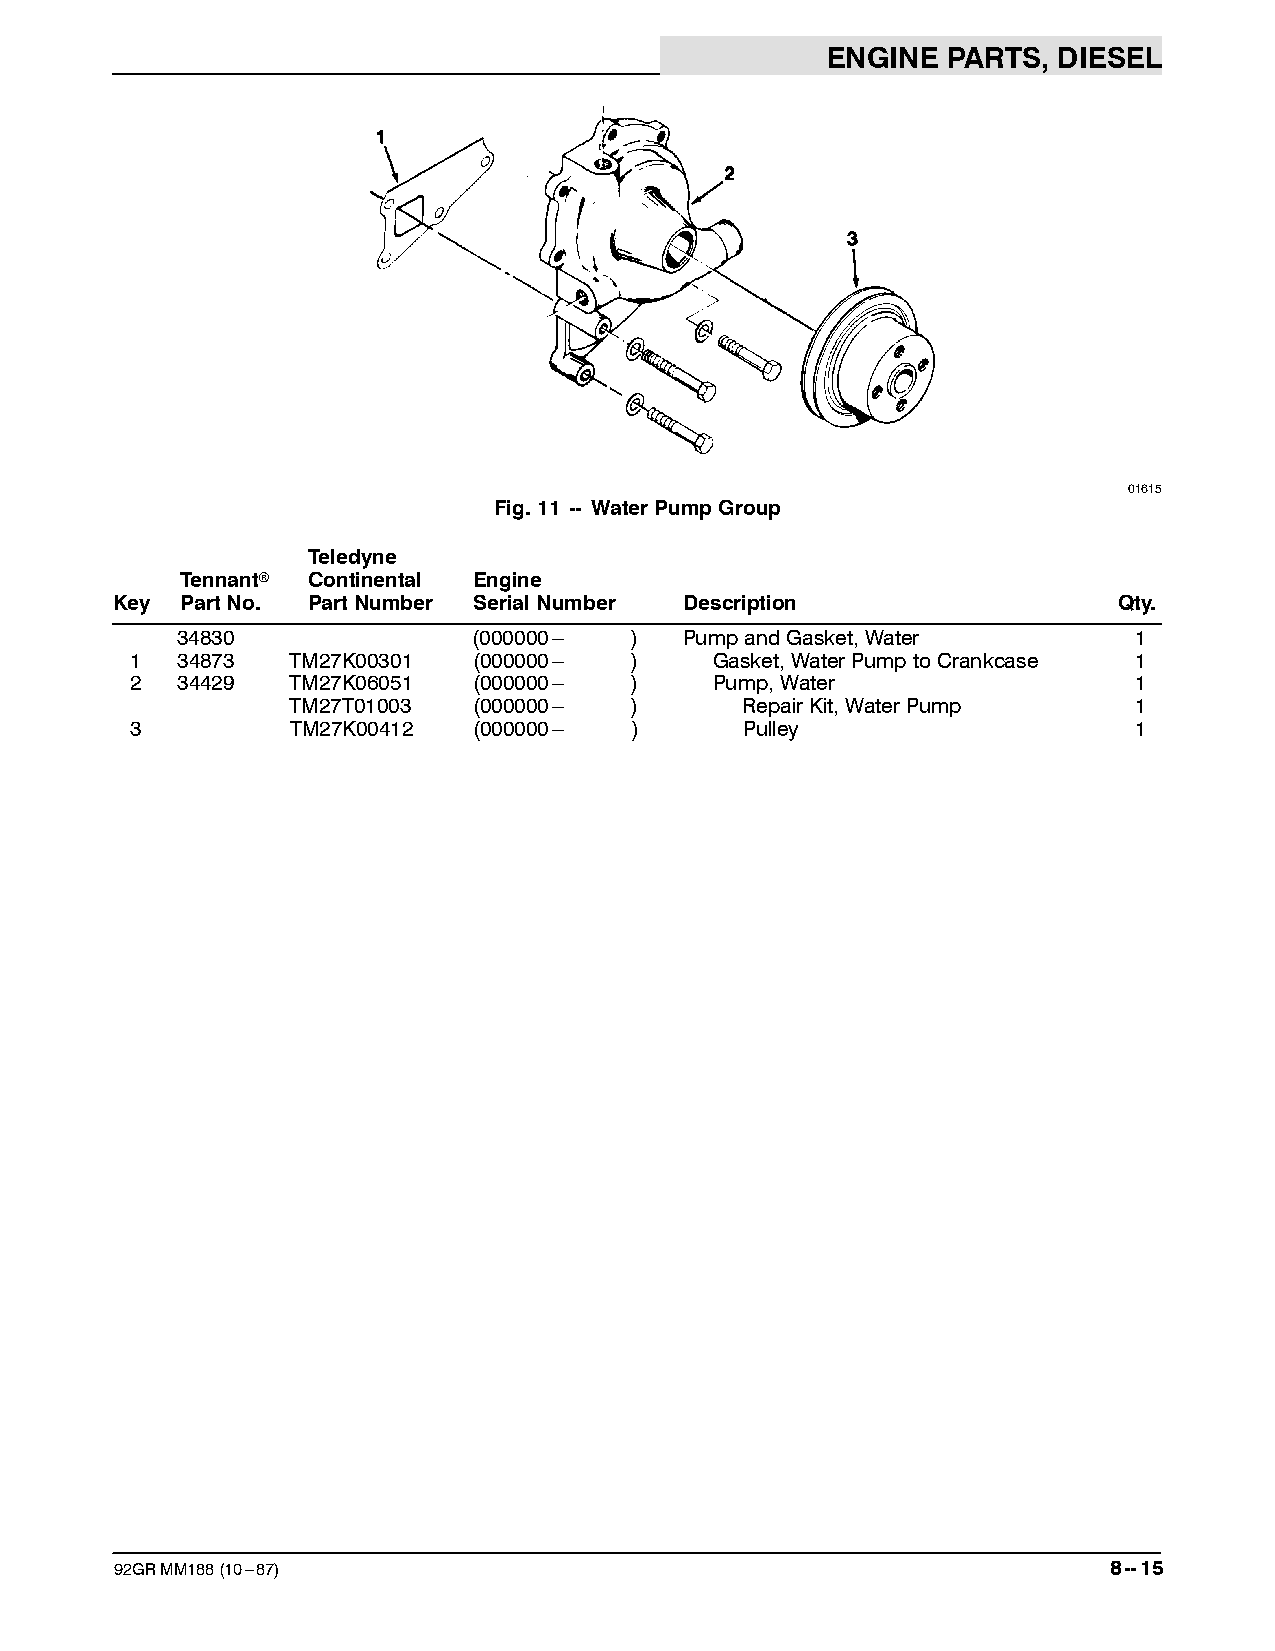
ENGINE  PARTS, DIESEL
 01615
 Fig.11 -- WaterPumpGroup
 Teledyne
 Tennantr Continental Engine
 Key  PartNo. PartNumber SerialNumber  Description                  Qty.
 34830              (000000--- )  PumpandGasket,Water           1
 1  34873  TM27K00301  (000000--- )    Gasket,WaterPumptoCrankcase 1
 2  34429  TM27K06051  (000000--- )    Pump,Water                  1
 TM27T01003  (000000--- )      RepairKit,WaterPump       1
 3         TM27K00412  (000000--- )      Pulley                    1
 92GRMM188(10---87)                                                8--15